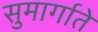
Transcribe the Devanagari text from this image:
सुमार्गाते